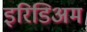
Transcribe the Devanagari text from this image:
इरिडिअम